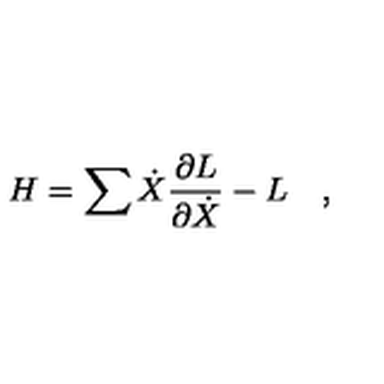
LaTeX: H = \sum \dot { X } \frac { \partial L } { \partial \dot { X } } - L \quad ,